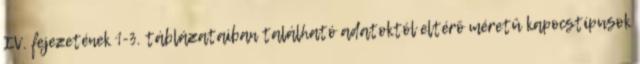
IV. fejezetének 1-3. táblázataiban található adatoktól eltérõ méretû kapocstípusok